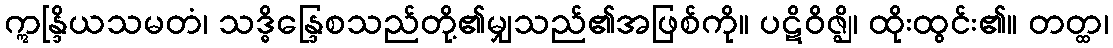
ဣန္ဒြိယသမတံ၊ သဒ္ဓိန္ဒြေစသည်တို့၏မျှသည်၏အဖြစ်ကို။ ပဋိဝိဇ္ဈိ၊ ထိုးထွင်း၏။ တတ္ထ၊